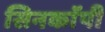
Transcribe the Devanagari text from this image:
सिनकाॅपी